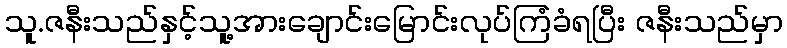
သူ.ဇနီးသည်နှင့်သူ့အားချောင်းမြောင်းလုပ်ကြံခံရပြီး ဇနီးသည်မှာ